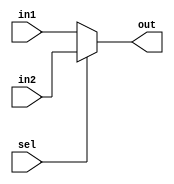

module MemtoReg_Mux(in1, in2, out, sel);

input [31:0] in1,in2;
input sel;
output reg [31:0] out;

always @(sel,in1,in2)

begin
if(sel)
	out <=	in2; 
else
	out <=	in1;
end
endmodule